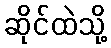
ဆိုင်ထဲသို့